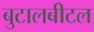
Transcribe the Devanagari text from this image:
बुटालबीटल